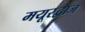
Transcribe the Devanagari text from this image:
मयूरद्वाज